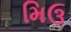
મિઉ